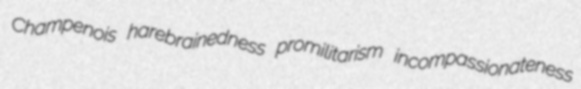
Champenois harebrainedness promilitarism incompassionateness